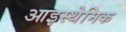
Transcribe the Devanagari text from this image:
आइस्थेमिक